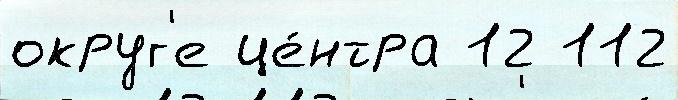
округ'е це́нтра 12 112